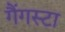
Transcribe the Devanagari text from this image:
गैंगस्टा